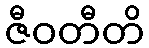
ဇီဝတီတိ